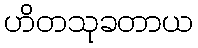
ဟိတသုခတာယ